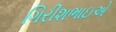
ગિરીશભાઇએ